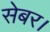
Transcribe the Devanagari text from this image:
सेबर।